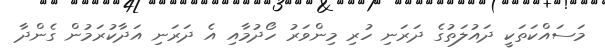
މަސައްކަތަކީ ދައުލަތުގެ ދަރަނި ހުރި މިންވަރު ހޯދުމާއި އެ ދަރަނި އަދާކުރަމުން ގެންދާ